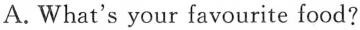
A. What's your favourite food?